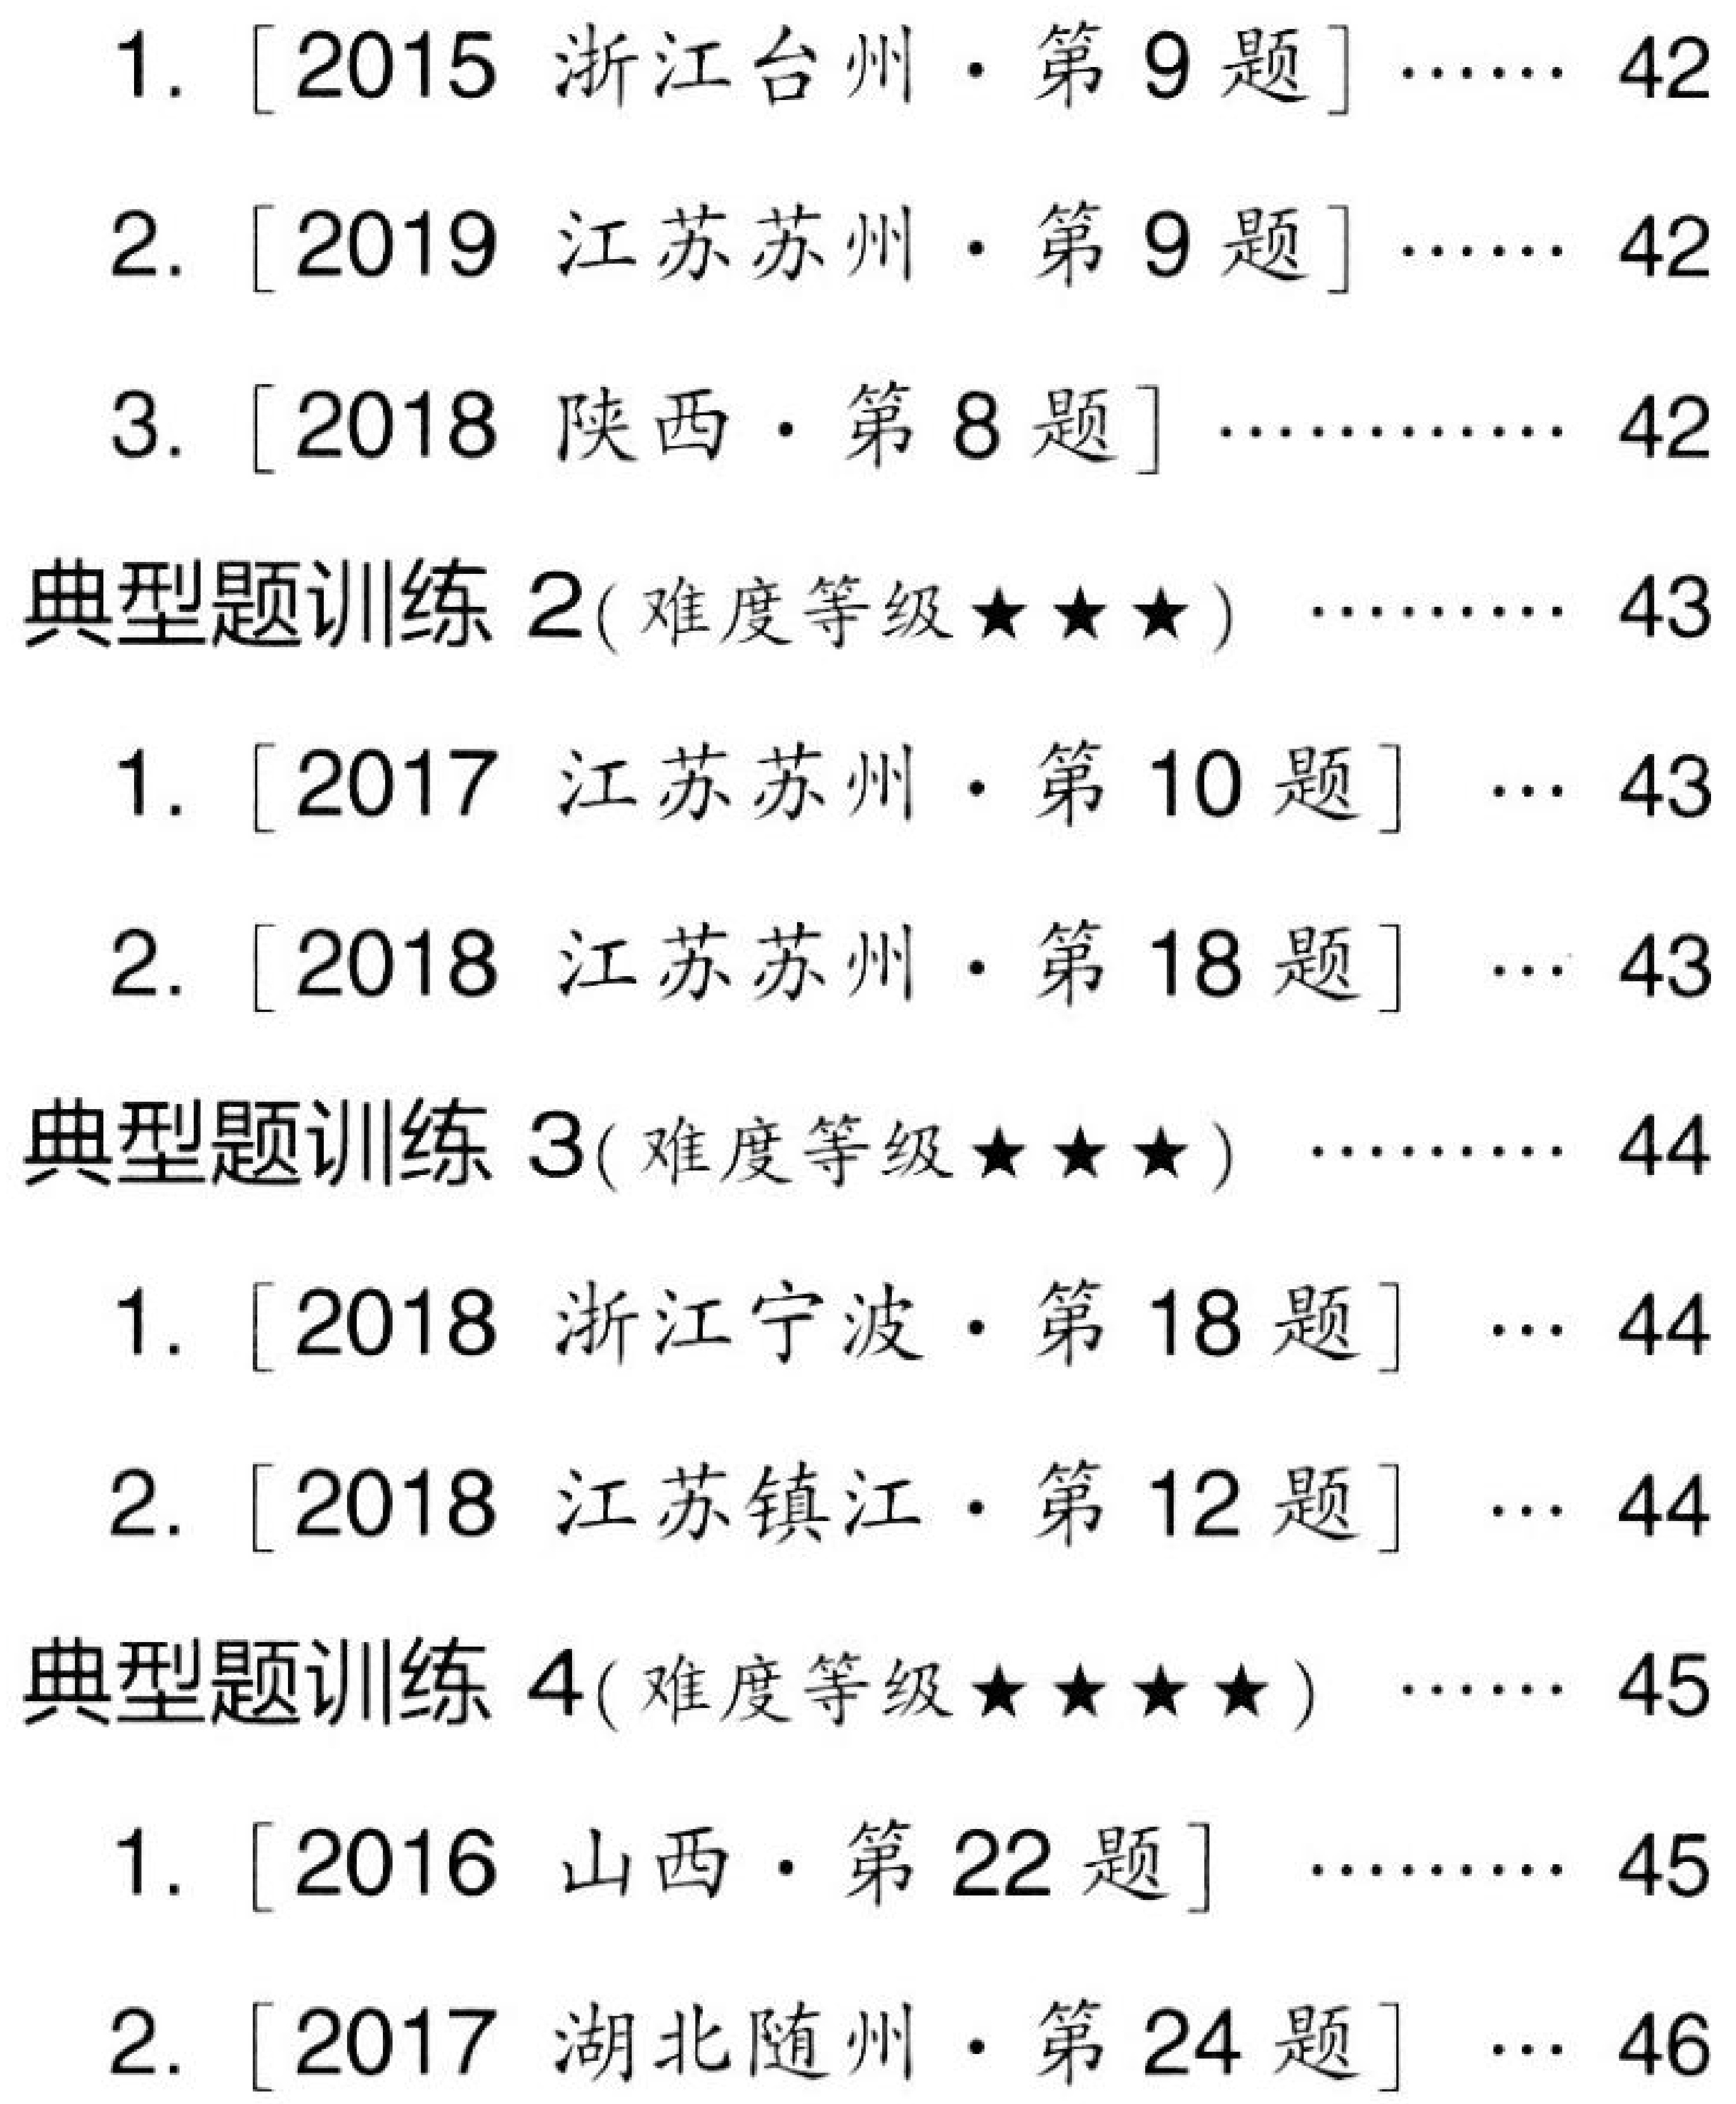
1. [2015 浙江台州·第9题]…… 42
2. [2019 江苏苏州·第9题]…… 42
3. [2018 陕西·第8题]………… 42
典型题训练2(难度等级★★★) …… 43
1. [2017 江苏苏州·第10题] … 43
2. [2018 江苏苏州·第18题] … 43
典型题训练3(难度等级★★★) …… 44
1. [2018 浙江宁波·第18题] … 44
2. [2018 江苏镇江·第12题] … 44
典型题训练4(难度等级★★★★) …… 45
1. [2016 山西·第22题] ……… 45
2. [2017 湖北随州·第24题] … 46